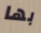
بها